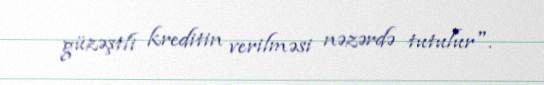
güzəştli kreditin verilməsi nəzərdə tutulur".